Lunatic asylums Punjab 1895-1910 - 1895-1910
Year: 1895
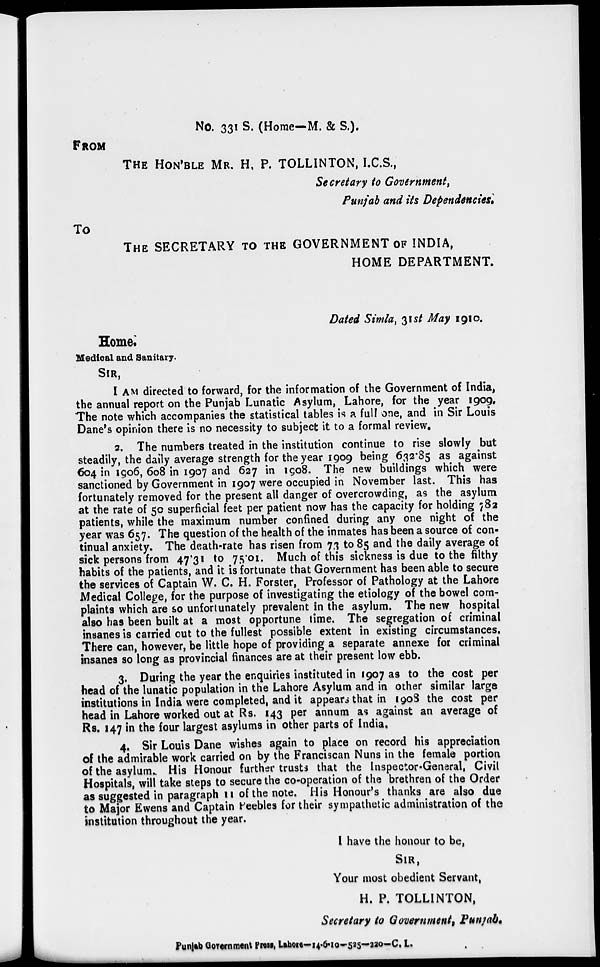
No. 331 S. (Home—M. & S.).
FROM
THE HON'BLE MR. H. P. TOLLINTON, I.C.S.,
Secretary to Government,
Punjab and its Dependencies.
To
THE SECRETARY TO THE GOVERNMENT OF INDIA,
HOME DEPARTMENT.
Dated Simla, 31st May 1910.
Home
Medical and Sanitary.
SIR,
I AM directed to forward, for the information of the Government of India,
the annual report on the Punjab Lunatic Asylum, Lahore, for the year 1909.
The note which accompanies the statistical tables is a full one, and in Sir Louis
Dane's opinion there is no necessity to subject it to a formal review.
2. The numbers treated in the institution continue to rise slowly but
steadily, the daily average strength for the year 1909 being 632.85 as against
604 in 1906, 608 in 1907 and 627 in 1908. The new buildings which were
sanctioned by Government in 1907 were occupied in November last. This has
fortunately removed for the present all danger of overcrowding, as the asylum
at the rate of 50 superficial feet per patient now has the capacity for holding 782
patients, while the maximum number confined during any one night of the
year was 657. The question of the health of the inmates has been a source of con-
tinual anxiety. The death-rate has risen from 73 to 85 and the daily average of
sick persons from 47.31 to 75.01. Much of this sickness is due to the filthy
habits of the patients, and it is fortunate that Government has been able to secure
the services of Captain W. C. H. Forster, Professor of Pathology at the Lahore
Medical College, for the purpose of investigating the etiology of the bowel com-
plaints which are so unfortunately prevalent in the asylum. The new hospital
also has been built at a most opportune time. The segregation of criminal
insanes is carried out to the fullest possible extent in existing circumstances.
There can, however, be little hope of providing a separate annexe for criminal
insanes so long as provincial finances are at their present low ebb.
3. During the year the enquiries instituted in 1907 as to the cost per
head of the lunatic population in the Lahore Asylum and in other similar large
institutions in India were completed, and it appears that in 1908 the cost per
head in Lahore worked out at Rs. 143 per annum as against an average of
Rs. 147 in the four largest asylums in other parts of India.
4. Sir Louis Dane wishes again to place on record his appreciation
of the admirable work carried on by the Franciscan Nuns in the female portion
of the asylum. His Honour further trusts that the Inspector-General, Civil
Hospitals, will take steps to secure the co-operation of the brethren of the Order
as suggested in paragraph 11 of the note. His Honour's thanks are also due
to Major Ewens and Captain Peebles for their sympathetic administration of the
institution throughout the year.
I have the honour to be,
SIR,
Your most obedient Servant,
H. P. TOLLINTON,
Secretary to Government, Punjab.
Punjab Government Press, Lahore-14-6-10-525—220-C. L.